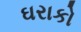
ઘરાકો